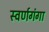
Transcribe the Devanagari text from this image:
स्वर्णगंगा